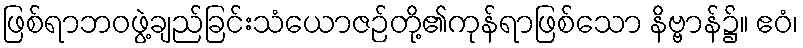
ဖြစ်ရာဘဝဖွဲ့ချည်ခြင်းသံယောဇဉ်တို့၏ကုန်ရာဖြစ်သော နိဗ္ဗာန်၌။ ဧဝံ၊